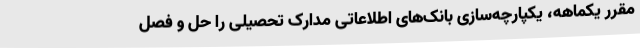
مقرر یکماهه، یکپارچه‌سازی بانک‌های اطلاعاتی مدارک تحصیلی را حل و فصل